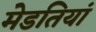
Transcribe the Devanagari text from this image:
मेडतियां